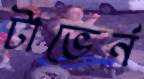
টাভের্ন